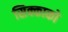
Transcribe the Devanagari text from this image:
सिक्काको